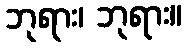
ဘုရား၊ ဘုရား။